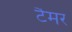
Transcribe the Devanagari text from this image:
टैमर